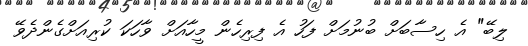
ލިބޭ" އެ ހިސާބަށް ބުނުމަށް ފަހު އެ ފިރިހެން މީހާއަށް ވާހަކަ ކުރިއަށްގެންދެވޭ